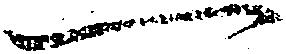
一